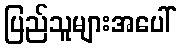
ပြည်သူများအပေါ်